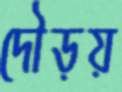
দৌড়য়